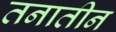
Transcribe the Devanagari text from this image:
तनातीन